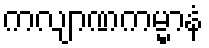
ကလျာဏကမ္မာနံ